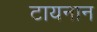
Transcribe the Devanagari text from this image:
टायनान